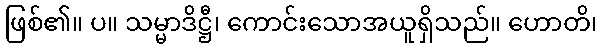
ဖြစ်၏။ ပ။ သမ္မာဒိဋ္ဌီ၊ ကောင်းသောအယူရှိသည်။ ဟောတိ၊